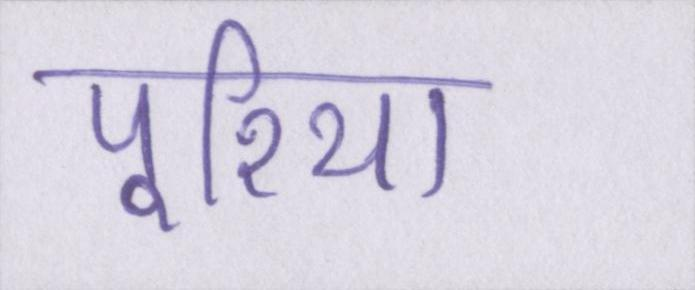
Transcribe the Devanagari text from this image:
पूरिया